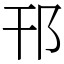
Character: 邗